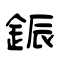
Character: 鋠